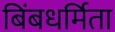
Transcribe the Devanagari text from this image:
बिंबधर्मिता